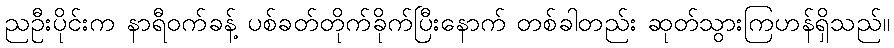
ညဦးပိုင်းက နာရီဝက်ခန့် ပစ်ခတ်တိုက်ခိုက်ပြီးနောက် တစ်ခါတည်း ဆုတ်သွားကြဟန်ရှိသည်။